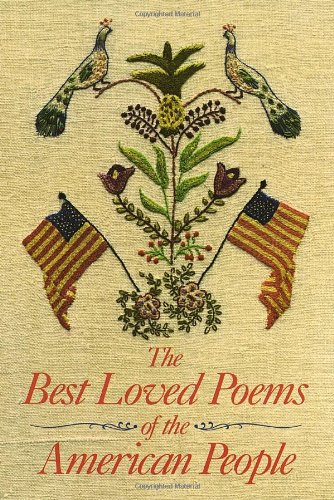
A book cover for Best Loved Poems of the American People; Hazel Felleman; Literature & Fiction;